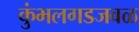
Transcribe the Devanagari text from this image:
कुंभलगडजवळ